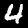
Digit: 4